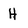
Character: H